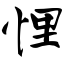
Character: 悝